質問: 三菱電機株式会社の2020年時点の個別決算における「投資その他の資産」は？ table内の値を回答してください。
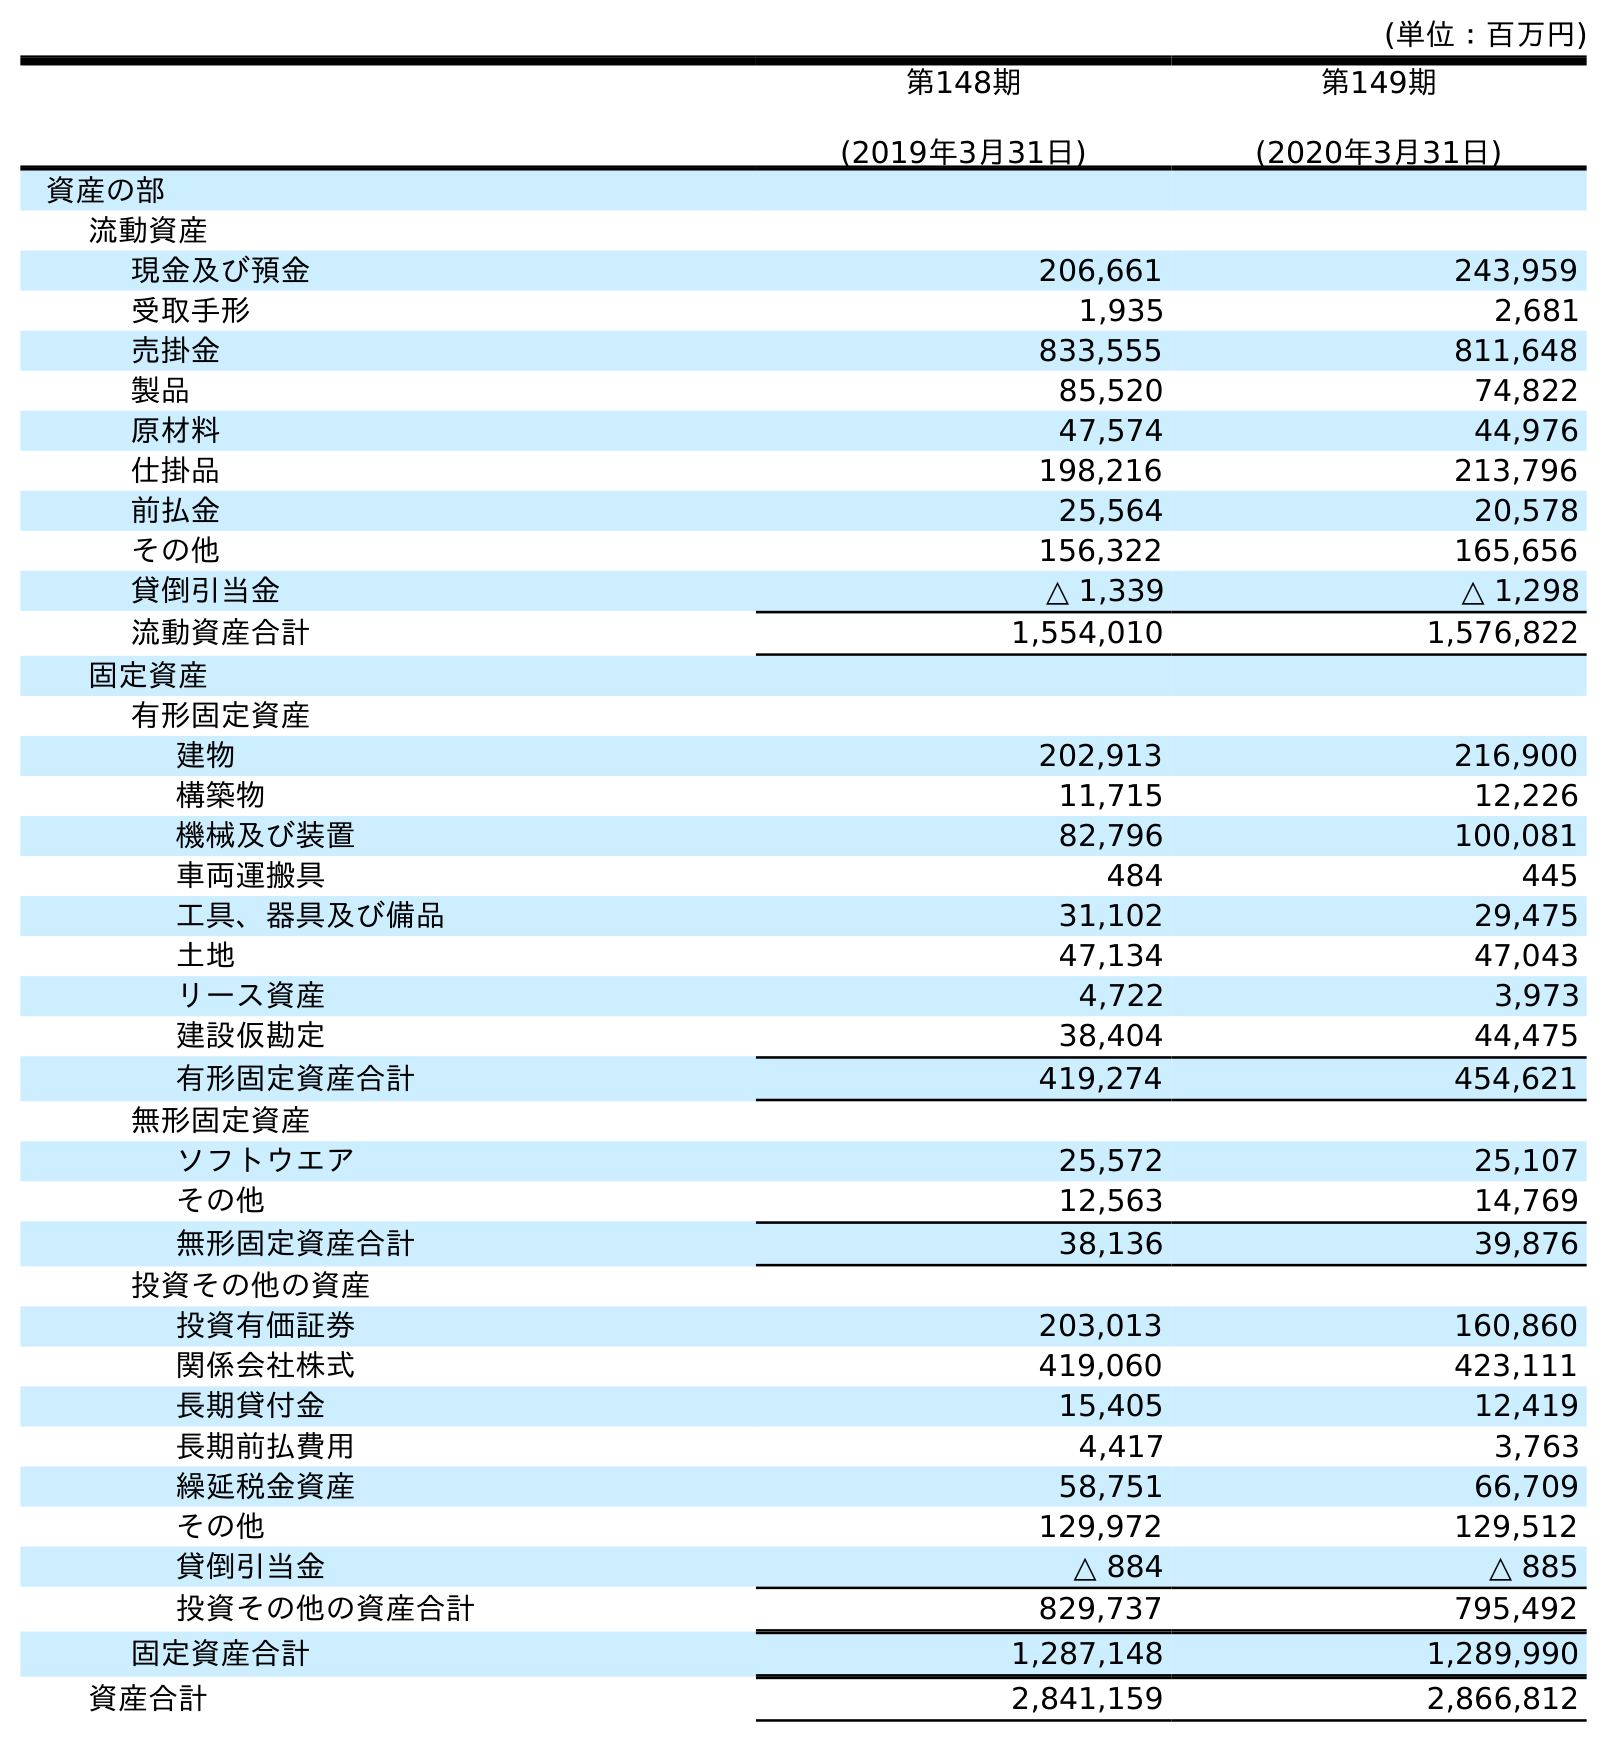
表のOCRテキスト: (単位：百万円) 第148期 (2019年3月31日) 第149期 (2020年3月31日) 資産の部 流動資産 現金及び預金 206,661 243,959 受取手形 1,935 2,681 売掛金 833,555 811,648 製品 85,520 74,822 原材料 47,574 44,976 仕掛品 198,216 213,796 前払金 25,564 20,578 その他 156,322 165,656 貸倒引当金 △ 1,339 △ 1,298 流動資産合計 1,554,010 1,576,822 固定資産 有形固定資産 建物 202,913 216,900 構築物 11,715 12,226 機械及び装置 82,796 100,081 車両運搬具 484 445 工具、器具及び備品 31,102 29,475 土地 47,134 47,043 リース資産 4,722 3,973 建設仮勘定 38,404 44,475 有形固定資産合計 419,274 454,621 無形固定資産 ソフトウエア 25,572 25,107 その他 12,563 14,769 無形固定資産合計 38,136 39,876 投資その他の資産 投資有価証券 203,013 160,860 関係会社株式 419,060 423,111 長期貸付金 15,405 12,419 長期前払費用 4,417 3,763 繰延税金資産 58,751 66,709 その他 129,972 129,512 貸倒引当金 △ 884 △ 885 投資その他の資産合計 829,737 795,492 固定資産合計 1,287,148 1,289,990 資産合計 2,841,159 2,866,812
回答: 795,492